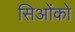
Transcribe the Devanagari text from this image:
सिओंको